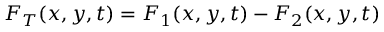
F _ { T } ( x , y , t ) = F _ { 1 } ( x , y , t ) - F _ { 2 } ( x , y , t )